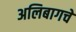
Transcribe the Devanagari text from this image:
अलिबागचे